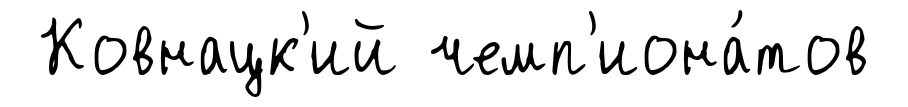
Ковнацк'ий чемп'иона́тов